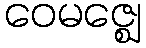
ဝေမဇ္ဈေ